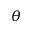
\theta